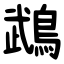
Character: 鵡